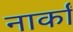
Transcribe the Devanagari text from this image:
नार्कां